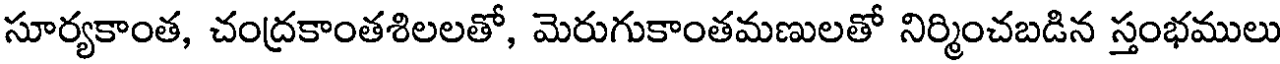
సూర్యకాంత, చంద్రకాంతశిలలతో, మెరుగుకాంతమణులతో నిర్మించబడిన స్తంభములు